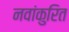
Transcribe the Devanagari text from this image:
नवांकुरित